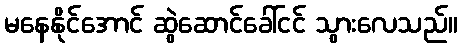
မနေနိုင်အောင် ဆွဲဆောင်ခေါ်ငင် သွားလေသည်။